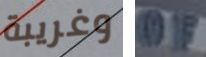
وغريبة OF